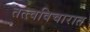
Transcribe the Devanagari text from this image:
तत्त्वविचारात